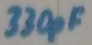
Text: 330pF